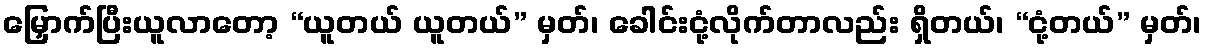
မြှောက်ပြီးယူလာတော့ “ယူတယ် ယူတယ်” မှတ်၊ ခေါင်းငုံ့လိုက်တာလည်း ရှိတယ်၊ “ငုံ့တယ်” မှတ်၊